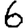
Digit: 6